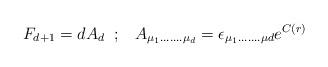
LaTeX: \begin{align*}F_{d+1}=dA_{d}\;\;;\;\;\;A_{\mu_{1}.......\mu_{d}}=\epsilon_{\mu_{1}.......\mu{d}}e^{C(r)}\end{align*}